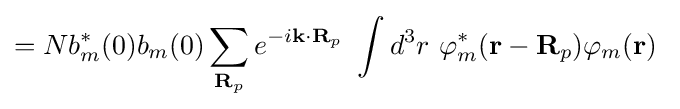
=Nb_{m}^{*}(0)b_{m}(0)\sum _{\mathbf {R} _{p}}e^{-i\mathbf {k} \cdot \mathbf {R} _{p}}\ \int d^{3}r\ \varphi _{m}^{*}(\mathbf {r} -\mathbf {R} _{p})\varphi _{m}(\mathbf {r} )\